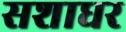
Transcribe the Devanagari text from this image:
सशाधर